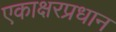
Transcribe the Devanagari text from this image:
एकाक्षरप्रधान